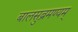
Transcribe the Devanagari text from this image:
बालसुब्रमण्यम्